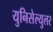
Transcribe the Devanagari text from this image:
युनिसेल्युलर